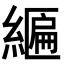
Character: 𦄒